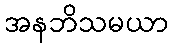
အနဘိသမယာ